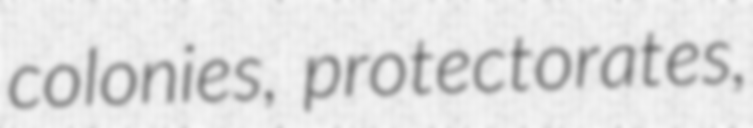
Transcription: colonies, protectorates,